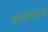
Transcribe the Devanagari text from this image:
श्वार्जकोफ